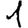
Digit: 1